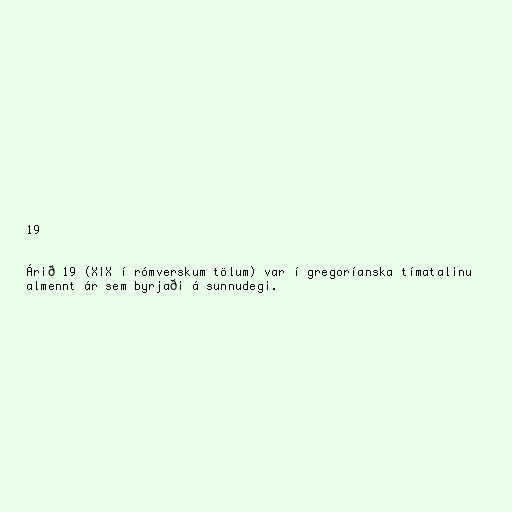
19

Árið 19 (XIX í rómverskum tölum) var í gregoríanska tímatalinu
almennt ár sem byrjaði á sunnudegi.